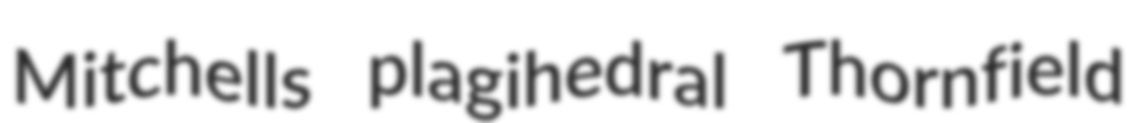
Mitchells plagihedral Thornfield